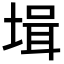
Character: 𡎎